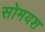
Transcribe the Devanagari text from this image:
सोमयश